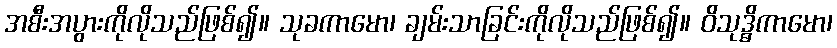
အစီးအပွားကိုလိုသည်ဖြစ်၍။ သုခကာမော၊ ချမ်းသာခြင်းကိုလိုသည်ဖြစ်၍။ ဝိသုဒ္ဓိကာမော၊